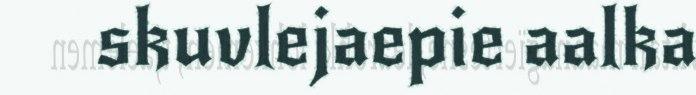
skuvlejaepie aalka